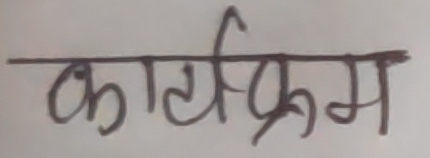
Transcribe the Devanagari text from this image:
कार्यक्रम